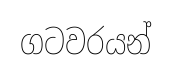
ගටවරයන්